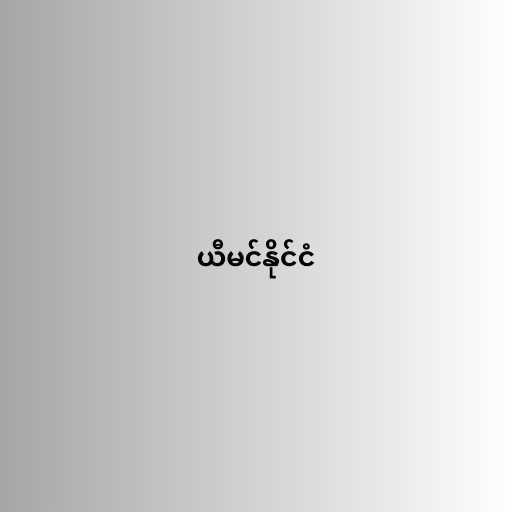
ယီမင်နိုင်ငံ